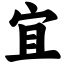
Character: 宜